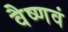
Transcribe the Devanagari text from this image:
वैष्णवं